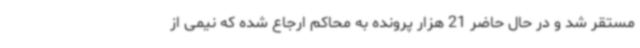
مستقر شد و در حال حاضر 21 هزار پرونده به محاکم ارجاع شده که نیمی از